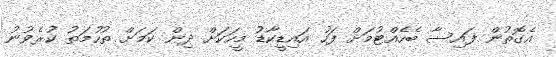
އެގޮތުން ފައިސާ ބެހެއްޓުމަށް ފަހު އައިޑީކާޑު މީހަކަށް ދިން ކަމަށް ތުހުމަތު ކުރެވުނު